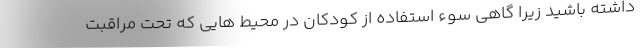
داشته باشید زیرا گاهی سوء استفاده از کودکان در محیط هایی که تحت مراقبت